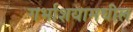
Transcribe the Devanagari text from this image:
गर्भाशयामधील